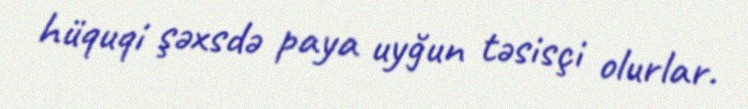
hüquqi şəxsdə paya uyğun təsisçi olurlar.